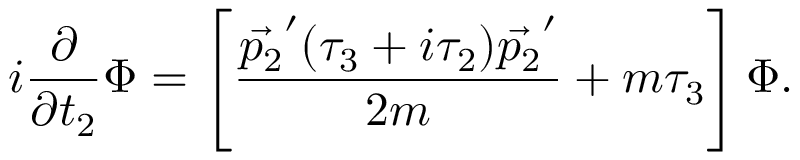
i \frac { \partial } { \partial t _ { 2 } } \Phi = \left[ \frac { \vec { p _ { 2 } } ^ { \prime } ( \tau _ { 3 } + i \tau _ { 2 } ) \vec { p _ { 2 } } ^ { \prime } } { 2 m } + m \tau _ { 3 } \right] \Phi .